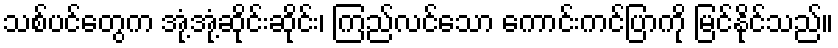
သစ်ပင်တွေက အုံ့အုံ့ဆိုင်းဆိုင်း၊ ကြည်လင်သော ကောင်းကင်ပြာကို မြင်နိုင်သည်။